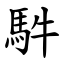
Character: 䭽